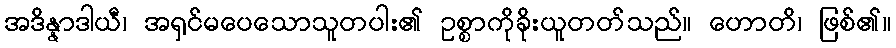
အဒိန္နာဒါယီ၊ အရှင်မပေသောသူတပါး၏ ဥစ္စာကိုခိုးယူတတ်သည်။ ဟောတိ၊ ဖြစ်၏။